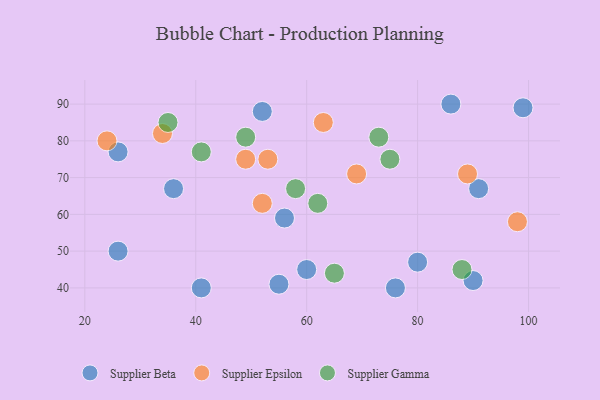
{"axis": {"x": "GDP", "y": "Life Expectancy"}, "legend": ["Supplier Beta", "Supplier Epsilon", "Supplier Gamma"], "data": [{"x": "90", "y": 42, "type": "Supplier Beta"}, {"x": "86", "y": 90, "type": "Supplier Beta"}, {"x": "41", "y": 40, "type": "Supplier Beta"}, {"x": "80", "y": 47, "type": "Supplier Beta"}, {"x": "56", "y": 59, "type": "Supplier Beta"}, {"x": "36", "y": 67, "type": "Supplier Beta"}, {"x": "91", "y": 67, "type": "Supplier Beta"}, {"x": "26", "y": 50, "type": "Supplier Beta"}, {"x": "60", "y": 45, "type": "Supplier Beta"}, {"x": "76", "y": 40, "type": "Supplier Beta"}, {"x": "52", "y": 88, "type": "Supplier Beta"}, {"x": "55", "y": 41, "type": "Supplier Beta"}, {"x": "99", "y": 89, "type": "Supplier Beta"}, {"x": "26", "y": 77, "type": "Supplier Beta"}, {"x": "63", "y": 85, "type": "Supplier Epsilon"}, {"x": "53", "y": 75, "type": "Supplier Epsilon"}, {"x": "34", "y": 82, "type": "Supplier Epsilon"}, {"x": "69", "y": 71, "type": "Supplier Epsilon"}, {"x": "24", "y": 80, "type": "Supplier Epsilon"}, {"x": "52", "y": 63, "type": "Supplier Epsilon"}, {"x": "89", "y": 71, "type": "Supplier Epsilon"}, {"x": "98", "y": 58, "type": "Supplier Epsilon"}, {"x": "49", "y": 75, "type": "Supplier Epsilon"}, {"x": "35", "y": 85, "type": "Supplier Gamma"}, {"x": "73", "y": 81, "type": "Supplier Gamma"}, {"x": "58", "y": 67, "type": "Supplier Gamma"}, {"x": "41", "y": 77, "type": "Supplier Gamma"}, {"x": "65", "y": 44, "type": "Supplier Gamma"}, {"x": "75", "y": 75, "type": "Supplier Gamma"}, {"x": "62", "y": 63, "type": "Supplier Gamma"}, {"x": "88", "y": 45, "type": "Supplier Gamma"}, {"x": "49", "y": 81, "type": "Supplier Gamma"}]}